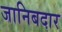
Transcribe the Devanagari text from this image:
जानिबदार